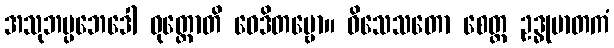
အသုဘပ္ပဘေဒေါ ဝုတ္တောတိ ဝေဒိတဗ္ဗော။ ဝိသေသတော စေတ္ထ ဥဒ္ဓုမာတကံ